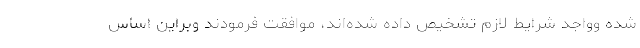
شده وواجد شرایط لازم تشخیص داده شده‌اند، موافقت فرمودند وبراین اساس